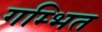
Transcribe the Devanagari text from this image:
गम्भित